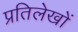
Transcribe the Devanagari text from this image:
प्रतिलेखों